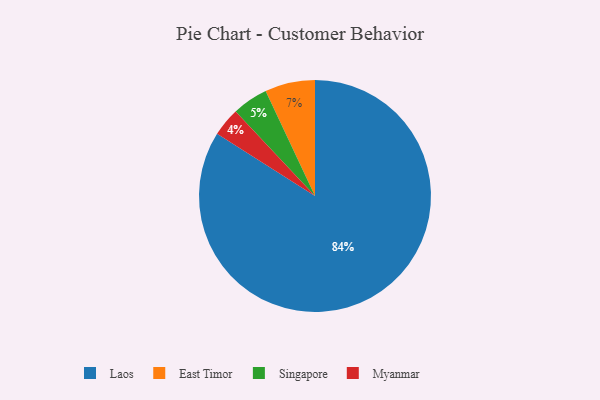
{"axis": {"x": "Category", "y": "Percentage"}, "legend": ["East Timor", "Laos", "Myanmar", "Singapore"], "data": [{"x": "Singapore", "y": 5, "type": "Singapore"}, {"x": "Myanmar", "y": 4, "type": "Myanmar"}, {"x": "Laos", "y": 84, "type": "Laos"}, {"x": "East Timor", "y": 7, "type": "East Timor"}]}